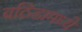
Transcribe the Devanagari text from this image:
बठिंडामध्ये